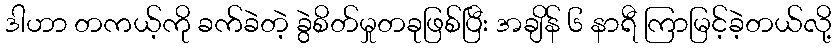
ဒါဟာ တကယ့်ကို ခက်ခဲတဲ့ ခွဲစိတ်မှုတခုဖြစ်ပြီး အချိန် ၆ နာရီ ကြာမြင့်ခဲ့တယ်လို့